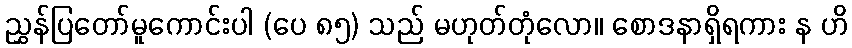
ညွှန်ပြတော်မူကောင်းပါ (ပေ ၈၅) သည် မဟုတ်တုံလော။ စောဒနာရှိရကား န ဟိ